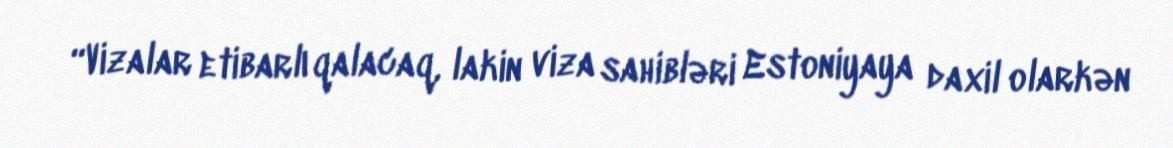
“Vizalar etibarlı qalacaq, lakin viza sahibləri Estoniyaya daxil olarkən